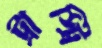
ট্রাস্ট্রি